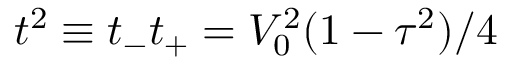
t ^ { 2 } \equiv t _ { - } t _ { + } = V _ { 0 } ^ { 2 } ( 1 - \tau ^ { 2 } ) / 4